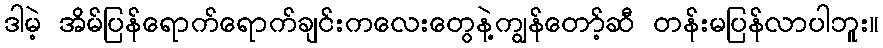
ဒါမဲ့ အိမ်ပြန်ရောက်ရောက်ချင်းကလေးတွေနဲ့ကျွန်တော့်ဆီ တန်းမပြန်လာပါဘူး။